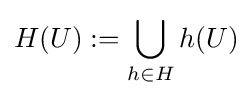
H(U):=\bigcup _{h\in H}h(U)